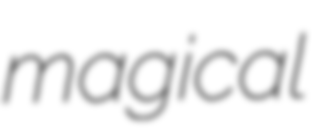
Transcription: magical